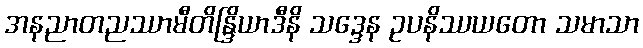
အနညာတညဿာမီတိန္ဒြိယာဒီနိ သဒ္ဒေန ဥပနိဿယတော သမာသာ